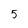
Character: 5